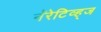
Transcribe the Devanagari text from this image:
नॅरेटिव्ह्‌ज